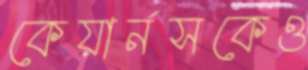
কেয়ার্নসকেও